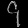
Digit: ၄